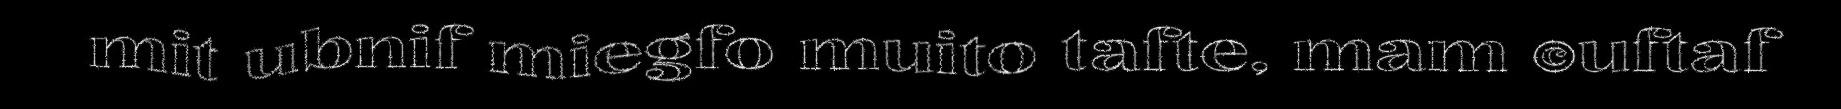
mit ubnif miegfo muito tafte, mam ©uftaf